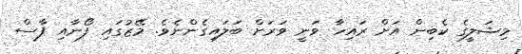
މިޝަލީގެ ކެބިން އަށް ރައިހާ ވަނީ ވަރަށް ބަލައިގެންނެވެ. މޭޒުގައި ފޯނާއި ފާސް